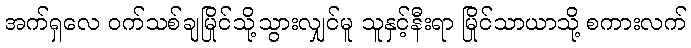
အက်ရှလေ ဝက်သစ်ချမြိုင်သို့သွားလျှင်မူ သူနှင့်နီးရာ မြိုင်သာယာသို့ စကားလက်